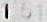
1.51